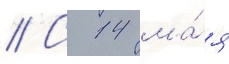
// С 14 ма́я